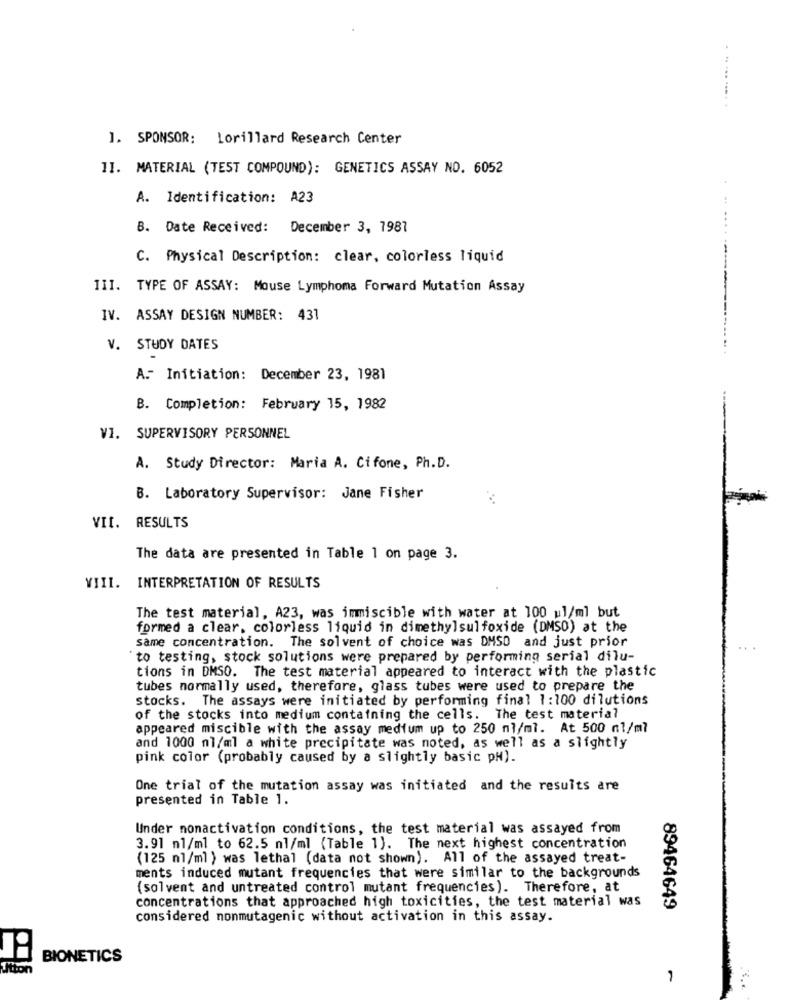
1. SPONSOR: Lorillard Research Center
11. MATERIAL (TEST COMPOUND): GENETICS ASSAY NO. 6052
A. Identification: A23
B. Date Received: December 3, 1987
C. Physical Description: clear, colorless liquid
III. TYPE OF ASSAY: Mouse Lymphoma Forward Mutation Assay
IV. ASSAY DESIGN NUMBER: 431
V. STUDY DATES
A. Initiation: December 23, 1981
B. Completion: February 15, 1982
VI. SUPERVISORY PERSONNEL
A. Study Director: Maria A. Cifone, Ph.D.
B. Laboratory Supervisor: Jane Fisher
VII.
RESULTS
The data are presented in Table 1 on page 3.
VIII. INTERPRETATION OF RESULTS
The test material, A23, was immiscible with water at 100 ul/ml but
formed a clear, colorless liquid in dimethylsulfoxide (DMSO) at the
same concentration. The solvent of choice was DMSO and just prior
"to testing, stock solutions were prepared by performing serial dilu-
tions in DMSO. The test material appeared to interact with the plastic
tubes normally used, therefore, glass tubes were used to prepare the
stocks. The assays were initiated by performing final 1:100 dilutions
of the stocks into medium containing the cells. The test material
appeared miscible with the assay medium up to 250 nl/ml. At 500 nl/ml
and 1000 nl/ml a white precipitate was noted, as well as a slightly
pink color (probably caused by a slightly basic pH).
One trial of the mutation assay was initiated and the results are
presented in Table 1.
Under nonactivation conditions, the test material was assayed from
3.91 n1/ml to 62.5 nl/ml (Table 1). The next highest concentration
(125 ml/ml ) was lethal (data not shown). All of the assayed treat-
ments induced mutant frequencies that were similar to the backgrounds
(solvent and untreated control mutant frequencies). Therefore, at
concentrations that approached high toxicities, the test material was
89464649
considered nonmutagenic without activation in this assay.
BIONETICS
Tion
-